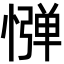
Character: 𢠤